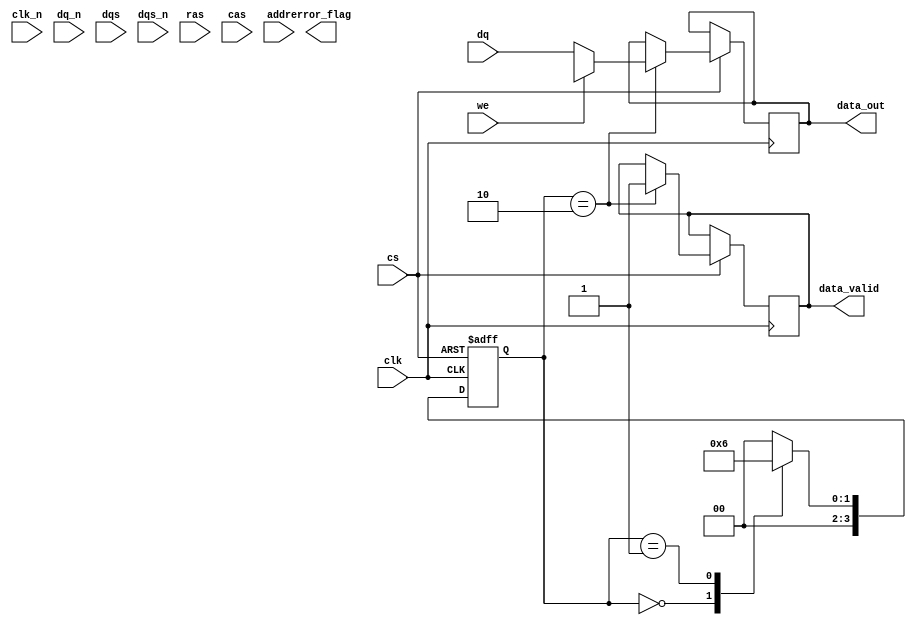
module gddr5x_io_block (
    input wire clk,           // System clock
    input wire clk_n,         // Inverted system clock
    input wire [15:0] dq,     // Data lines (16 bits)
    input wire [15:0] dq_n,   // Inverted data lines (for differential signaling)
    input wire dqs,          // Data strobe
    input wire dqs_n,        // Inverted data strobe
    input wire cs,           // Chip select
    input wire we,           // Write enable
    input wire ras,          // Row address strobe
    input wire cas,          // Column address strobe
    input wire [15:0] addr,   // Address lines
    output reg [15:0] data_out, // Data output
    output reg data_valid,    // Data valid signal
    output reg error_flag     // Error flag for ECC
);

// Internal signals
reg [15:0] data_in;
reg [15:0] ecc_data; // Placeholder for ECC data
reg [3:0] state;     // State machine for initialization and operation

// State machine for initialization and operation
localparam IDLE = 4'b0000;
localparam INIT = 4'b0001;
localparam READ = 4'b0010;
localparam WRITE = 4'b0011;
// Add more states as needed...

// Simple clock synchronization logic (placeholder)
always @(posedge clk or negedge cs) begin
    if (!cs) begin
        state <= IDLE;
    end else begin
        case (state)
            IDLE: begin
                // Initialization logic
                state <= INIT;
            end
            INIT: begin
                // Initialization sequence
                // Add initialization logic here
                state <= READ; // Transition to READ state
            end
            READ: begin
                // Read operation logic
                if (we) begin
                    // Handle write operation
                    data_out <= data_in; // Output data
                    data_valid <= 1'b1;   // Data is valid
                end else begin
                    // Handle read operation
                    data_out <= dq; // Assume dq is the input data
                    data_valid <= 1'b1; // Data is valid
                end
                state <= IDLE; // Transition back to IDLE
            end
            WRITE: begin
                // Write operation logic
                // Add write logic here
                state <= IDLE; // Transition back to IDLE
            end
            default: state <= IDLE; // Default to IDLE
        endcase
    end
end

// Error correction code (ECC) placeholder
always @(posedge clk) begin
    // Implement ECC logic here
    // For example, check for single-bit errors
    // Set error_flag if an error is detected
end

// Write leveling and termination logic (placeholder)
// Implement write leveling and ODT logic here

endmodule